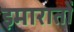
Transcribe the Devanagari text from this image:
इमारातों